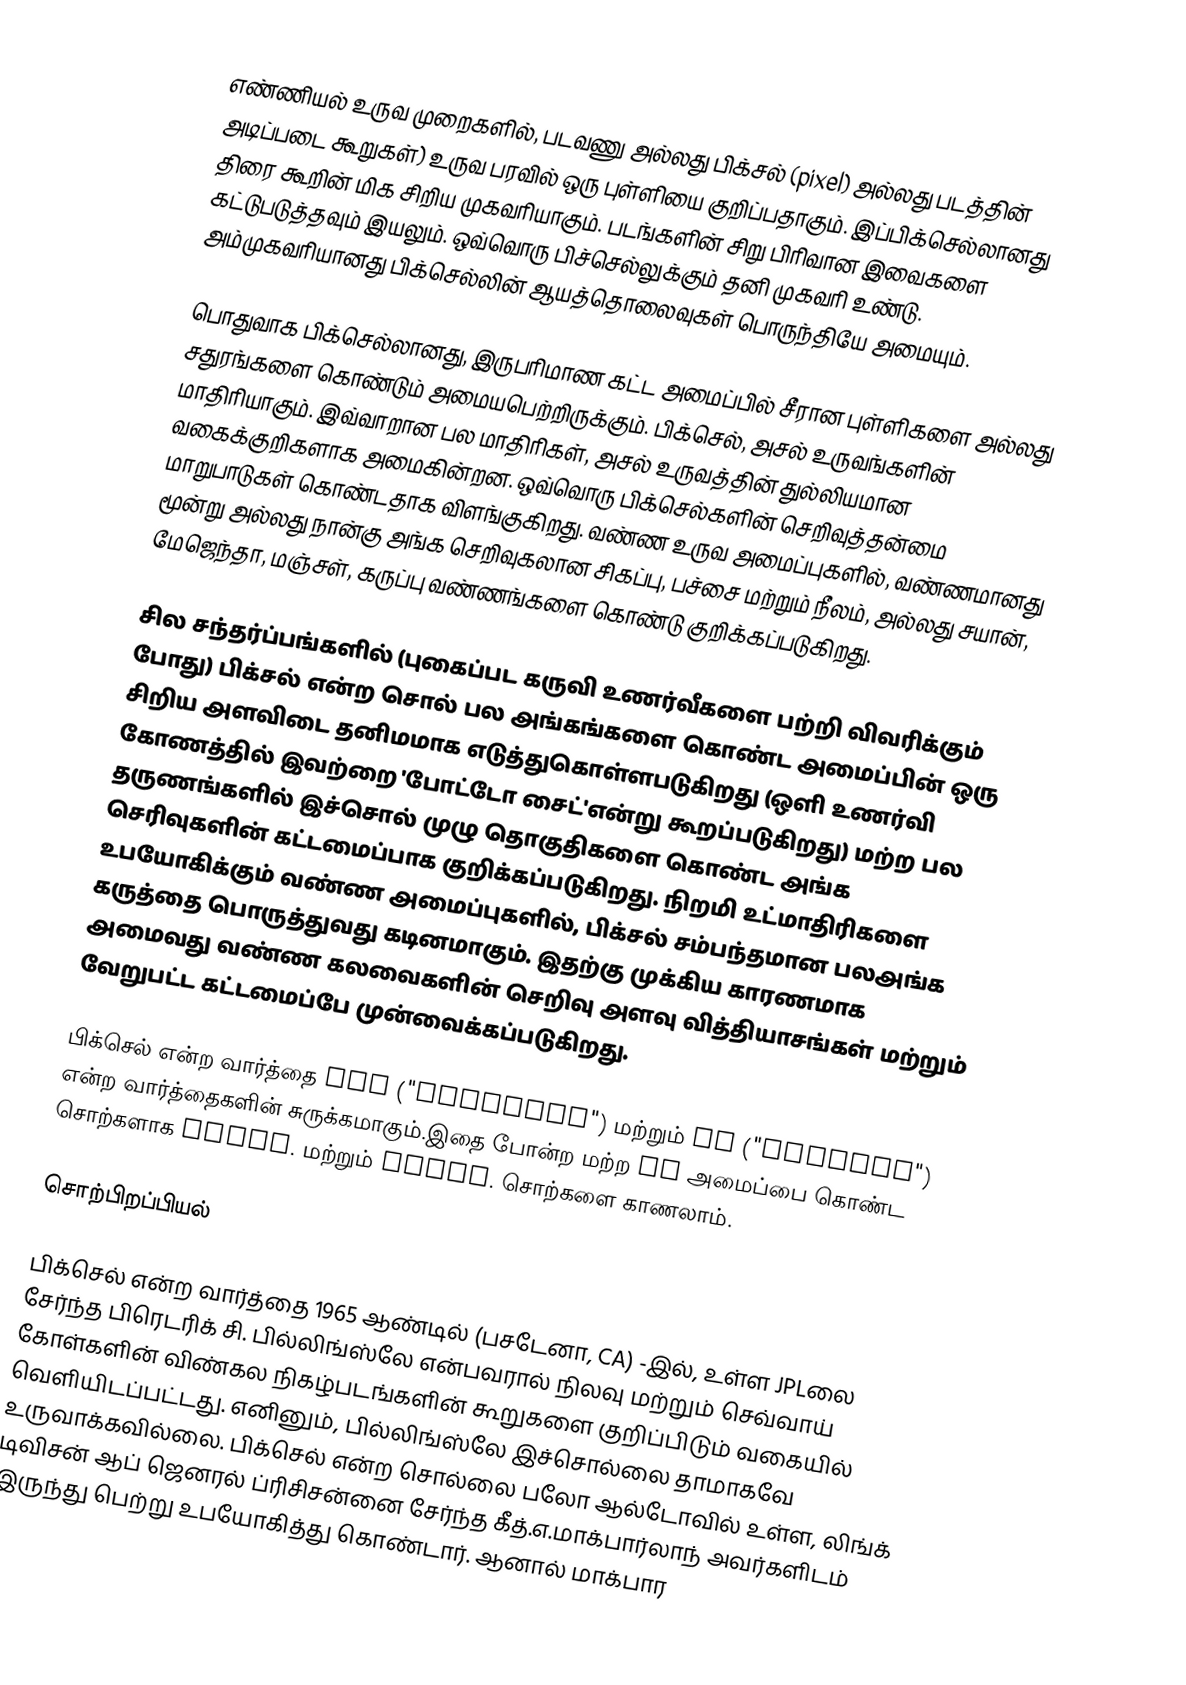
எண்ணியல் உருவ முறைகளில், படவணு அல்லது பிக்சல் (pixel) அல்லது படத்தின் அடிப்படை கூறுகள்) உருவ பரவில் ஒரு புள்ளியை குறிப்பதாகும். இப்பிக்செல்லானது திரை கூறின் மிக சிறிய முகவரியாகும். படங்களின் சிறு பிரிவான இவைகளை கட்டுபடுத்தவும் இயலும். ஒவ்வொரு பிச்செல்லுக்கும் தனி முகவரி உண்டு. அம்முகவரியானது பிக்செல்லின் ஆயத்தொலைவுகள் பொருந்தியே அமையும்.

பொதுவாக பிக்செல்லானது, இருபரிமாண கட்ட அமைப்பில் சீரான புள்ளிகளை அல்லது சதுரங்களை கொண்டும் அமையபெற்றிருக்கும். பிக்செல், அசல் உருவங்களின் மாதிரியாகும். இவ்வாறான பல மாதிரிகள், அசல் உருவத்தின் துல்லியமான வகைக்குறிகளாக அமைகின்றன. ஒவ்வொரு பிக்செல்களின் செறிவுத்தன்மை மாறுபாடுகள் கொண்டதாக விளங்குகிறது. வண்ண உருவ அமைப்புகளில், வண்ணமானது மூன்று அல்லது நான்கு அங்க செறிவுகலான சிகப்பு, பச்சை மற்றும் நீலம், அல்லது சயான், மேஜெந்தா, மஞ்சள், கருப்பு வண்ணங்களை கொண்டு குறிக்கப்படுகிறது.

சில சந்தர்ப்பங்களில் (புகைப்பட கருவி உணர்வீகளை பற்றி விவரிக்கும் போது) பிக்சல் என்ற சொல் பல அங்கங்களை கொண்ட அமைப்பின் ஒரு சிறிய அளவிடை தனிமமாக எடுத்துகொள்ளபடுகிறது (ஒளி உணர்வி கோணத்தில் இவற்றை 'போட்டோ சைட்'என்று கூறப்படுகிறது) மற்ற பல தருணங்களில் இச்சொல் முழு தொகுதிகளை கொண்ட அங்க செரிவுகளின் கட்டமைப்பாக குறிக்கப்படுகிறது. நிறமி உட்மாதிரிகளை உபயோகிக்கும் வண்ண அமைப்புகளில், பிக்சல் சம்பந்தமான பலஅங்க கருத்தை பொருத்துவது கடினமாகும். இதற்கு முக்கிய காரணமாக அமைவது வண்ண கலவைகளின் செறிவு அளவு வித்தியாசங்கள் மற்றும் வேறுபட்ட கட்டமைப்பே முன்வைக்கப்படுகிறது.

பிக்செல் என்ற வார்த்தை pix ("pictures") மற்றும் el ("element") என்ற வார்த்தைகளின் சுருக்கமாகும்.இதை போன்ற மற்ற el அமைப்பை கொண்ட சொற்களாக voxel. மற்றும் texel. சொற்களை காணலாம்.

சொற்பிறப்பியல்

பிக்செல் என்ற வார்த்தை 1965 ஆண்டில் (பசடேனா, CA) -இல், உள்ள JPLலை சேர்ந்த பிரெடரிக் சி. பில்லிங்ஸ்லே என்பவரால் நிலவு மற்றும் செவ்வாய் கோள்களின் விண்கல நிகழ்படங்களின் கூறுகளை குறிப்பிடும் வகையில் வெளியிடப்பட்டது. எனினும், பில்லிங்ஸ்லே இச்சொல்லை தாமாகவே உருவாக்கவில்லை. பிக்செல் என்ற சொல்லை பலோ ஆல்டோவில் உள்ள, லிங்க் டிவிசன் ஆப் ஜெனரல் ப்ரிசிசன்னை சேர்ந்த கீத்.எ.மாக்பார்லாந் அவர்களிடம் இருந்து பெற்று உபயோகித்து கொண்டார். ஆனால் மாக்பார